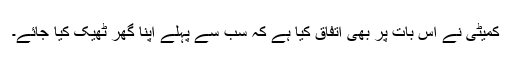
کمیٹی نے اس بات پر بھی اتفاق کیا ہے کہ سب سے پہلے اپنا گھر ٹھیک کیا جائے۔